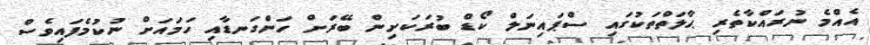
އެއްމެ ނުރައްކާތެރި ޙާލަތްތަކުގައި ސްޕައިނަލް ކޯޑް ބުރަކަށިން ބޭރަށް ހަންގަނޑާއި ހަމައަށް ނުކުމެފައިވެސް